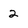
Character: 2